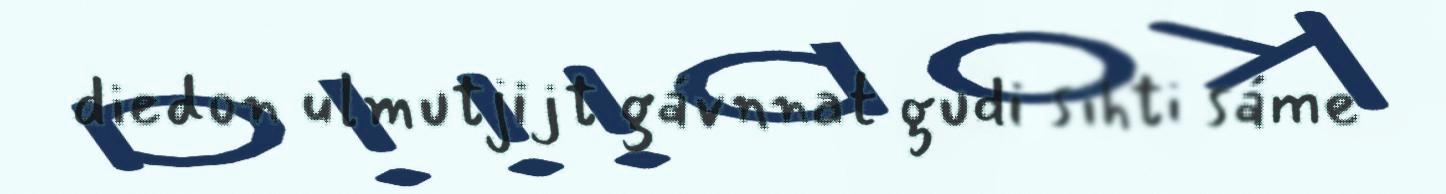
diedon ulmutjijt gávnnat gudi sihti sáme